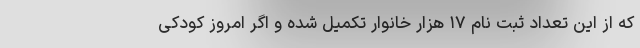
که از این تعداد ثبت نام ۱۷ هزار خانوار تکمیل شده و اگر امروز کودکی